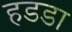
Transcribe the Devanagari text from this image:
हडडा